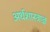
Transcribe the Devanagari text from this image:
अर्थशास्त्राज्ञ